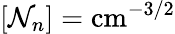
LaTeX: [\mathcal{N}_{n}]=\mathrm{cm}^{-3/2}